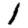
Digit: 1